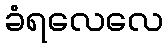
ခံရလေလေ